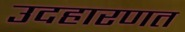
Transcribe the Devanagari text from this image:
उदहारणत